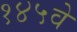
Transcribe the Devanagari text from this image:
१४५वे